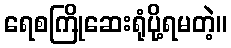
ရေစကြိုဆေးရုံပို့ရမတဲ့။